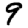
Digit: 9